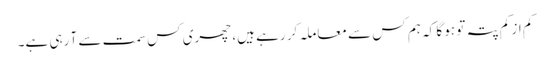
کم از کم پتہ تو ہو گا کہ ہم کس سے معاملہ کر رہے ہیں، چھری کس سمت سے آ رہی ہے۔